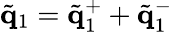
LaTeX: \tilde{\mathbf q}_{1}=\tilde{\mathbf q}_{1}^{+}+\tilde{\mathbf q}_{1}^{-}